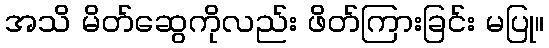
အသိ မိတ်ဆွေကိုလည်း ဖိတ်ကြားခြင်း မပြု။